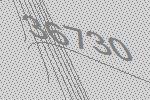
36730